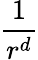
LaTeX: \frac{1}{r^{d}}